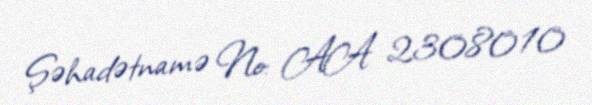
Şəhadətnamə №: AA 2308010